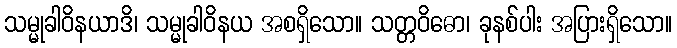
သမ္မုခါဝိနယာဒိ၊ သမ္မုခါဝိနယ အစရှိသော။ သတ္တဝိဓော၊ ခုနစ်ပါး အပြားရှိသော။